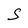
Character: S